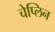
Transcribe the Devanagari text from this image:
चेप्लिन